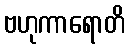
ဗဟုကာရောတိ